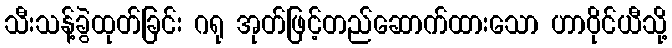
သီးသန့်ခွဲထုတ်ခြင်း ဂရု အုတ်ဖြင့်တည်ဆောက်ထားသော ဟာဝိုင်ယီသို့